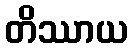
တိဿာယ